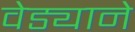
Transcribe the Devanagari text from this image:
वेड्याने